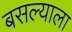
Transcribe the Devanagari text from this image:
बसल्याला